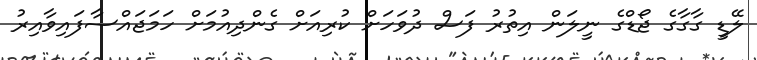
ލޭޑީ ގާގާގެ ޖޯޑްގެ ނީލަން އިތުރު ފަސް ދުވަހަށް ކުރިއަށް ގެންދިއުމަށް ހަމަޖައްސާފައިވާއިރު